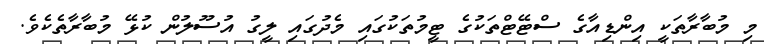
މި މުބާރާތަކީ އިންޑިއާގެ ސްޓޭޓްތަކުގެ ޓީމުތަކުގައި މެދުގައި ލީގު އުސޫލުން ކުޅޭ މުބާރާތެކެވެ.